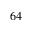
6 4